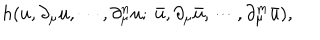
h ( u , \partial _ { \mu } u , \cdots , \partial _ { \mu } ^ { n } u ; \ \bar { u } , \partial _ { \mu } \bar { u } , \cdots , \partial _ { \mu } ^ { m } \bar { u } ) ,